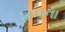
૪૫ના